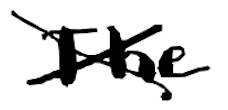
Text: The
Cross-out: cross
Writing tool: digital_black